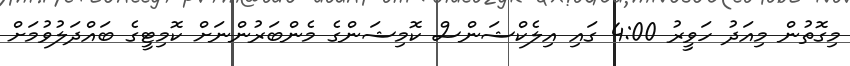
މިގޮތުން މިއަދު ހަވީރު 4:00 ގައި އިލެކްޝަންސް ކޮމިޝަންގެ މެންބަރުންނަށް ކޮމިޓީގެ ބައްދަލުވުމަށް